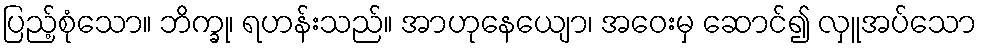
ပြည့်စုံသော။ ဘိက္ခု၊ ရဟန်းသည်။ အာဟုနေယျော၊ အဝေးမှ ဆောင်၍ လှူအပ်သော